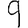
Digit: 9